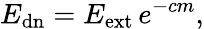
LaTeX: E_{\mathrm{{dn}}}=E_{\mathrm{{ext}}}\, e^{-cm},